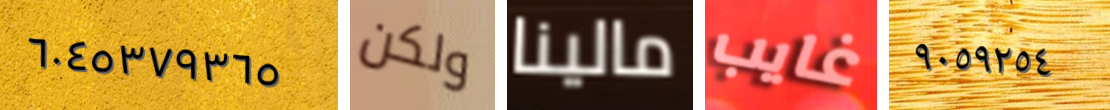
٦٠٤٥٣٧٩٣٦٥ ولكن مالينا غايب ٩٠٥٩٢٥٤